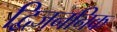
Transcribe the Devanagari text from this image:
द्विजननिक